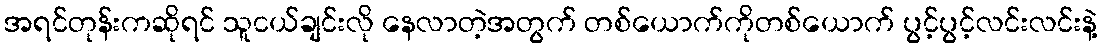
အရင်တုန်းကဆိုရင် သူငယ်ချင်းလို နေလာတဲ့အတွက် တစ်ယောက်ကိုတစ်ယောက် ပွင့်ပွင့်လင်းလင်းနဲ့